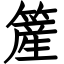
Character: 簅